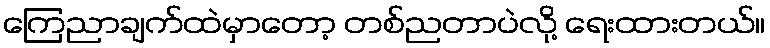
ကြေညာချက်ထဲမှာတော့ တစ်ညတာပဲလို့ ရေးထားတယ်။